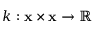
k : \mathbf { x } \times \mathbf { x } \rightarrow \mathbb { R }